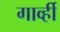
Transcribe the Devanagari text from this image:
गार्व्ही